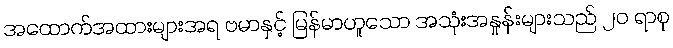
အထောက်အထားများအရ ဗမာနှင့် မြန်မာဟူသော အသုံးအနှုန်းများသည် ၂၀ ရာစု